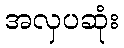
အလှပဆုံး